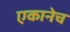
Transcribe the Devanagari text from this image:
एकानेच